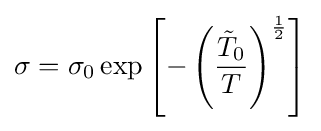
\sigma =\sigma _{0}\exp \left[-\left({\frac {{\tilde {T}}_{0}}{T}}\right)^{\frac {1}{2}}\right]